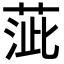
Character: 𦴢